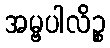
အမ္ဗပါလိဉ္စ